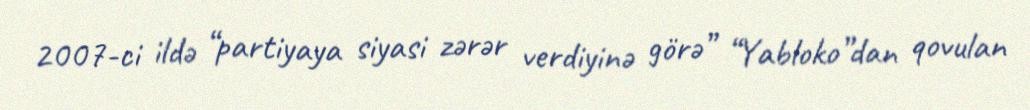
2007-ci ildə “partiyaya siyasi zərər verdiyinə görə” “Yabloko”dan qovulan